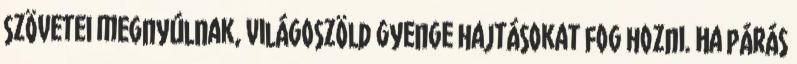
szövetei megnyúlnak, világoszöld gyenge hajtásokat fog hozni. Ha párás